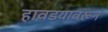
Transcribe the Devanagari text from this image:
हावडयावरून